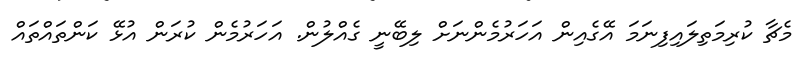
މެޗާ ކުރިމަތިލައިފިނަމަ އޭގެއިން އަހަރުމެންނަށް ލިބޭނީ ގެއްލުން. އަހަރުމެން ކުރަން އުޅޭ ކަންތައްތައް